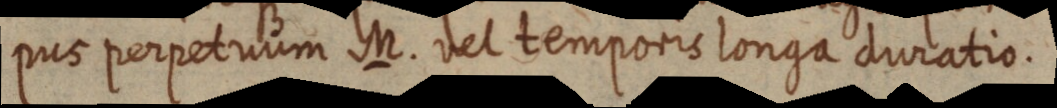
pus perpetrum M. del temporis longa duratio.